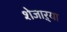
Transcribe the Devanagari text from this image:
शेजाऱ्या